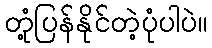
တုံ့ပြန်နိုင်တဲ့ပုံပါပဲ။